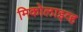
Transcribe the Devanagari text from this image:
मिकोलाइव्ह